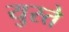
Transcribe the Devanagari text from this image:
युस्ते